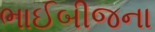
ભાઈબીજના